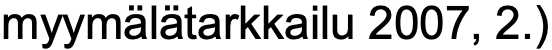
myymälätarkkailu 2007, 2.)